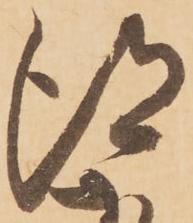
得